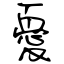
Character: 憂